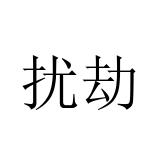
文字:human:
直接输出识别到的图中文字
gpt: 扰劫